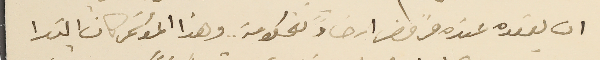
ان يعقده عنده فرفض ارضاءً للحكومة وهذا المؤتمر كان ابتدا